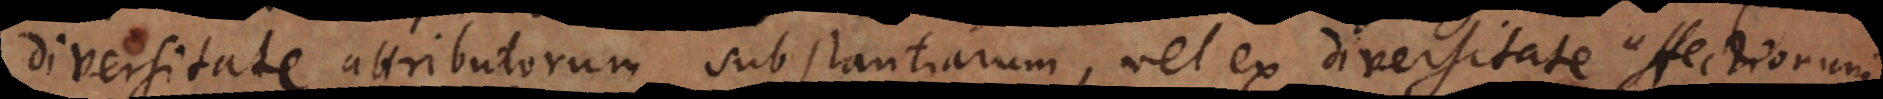
diversitate attributorum substantiarum, vel ex diversitate affectionum.